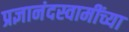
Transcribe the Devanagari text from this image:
प्रज्ञानंदस्वामींच्या